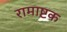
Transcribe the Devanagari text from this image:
रामाष्टक